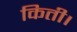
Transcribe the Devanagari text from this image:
किती।